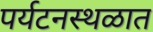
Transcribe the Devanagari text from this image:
पर्यटनस्थळात